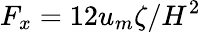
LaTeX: F_{x}=12u_{m}\zeta/H^{2}